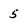
Character: 5